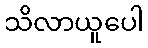
သိလာယူပေါ